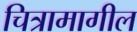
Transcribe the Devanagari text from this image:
चित्रामागील